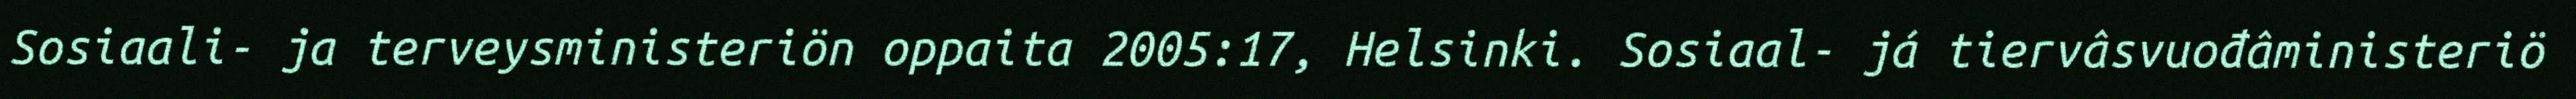
Sosiaali- ja terveysministeriön oppaita 2005:17, Helsinki. Sosiaal- já tiervâsvuođâministeriö